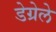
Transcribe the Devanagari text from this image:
डेग्रेले